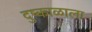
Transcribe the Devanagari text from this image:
दुष्काळाला